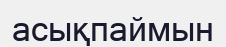
асықпаймын